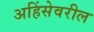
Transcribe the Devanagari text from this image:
अहिंसेवरील